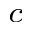
^ c